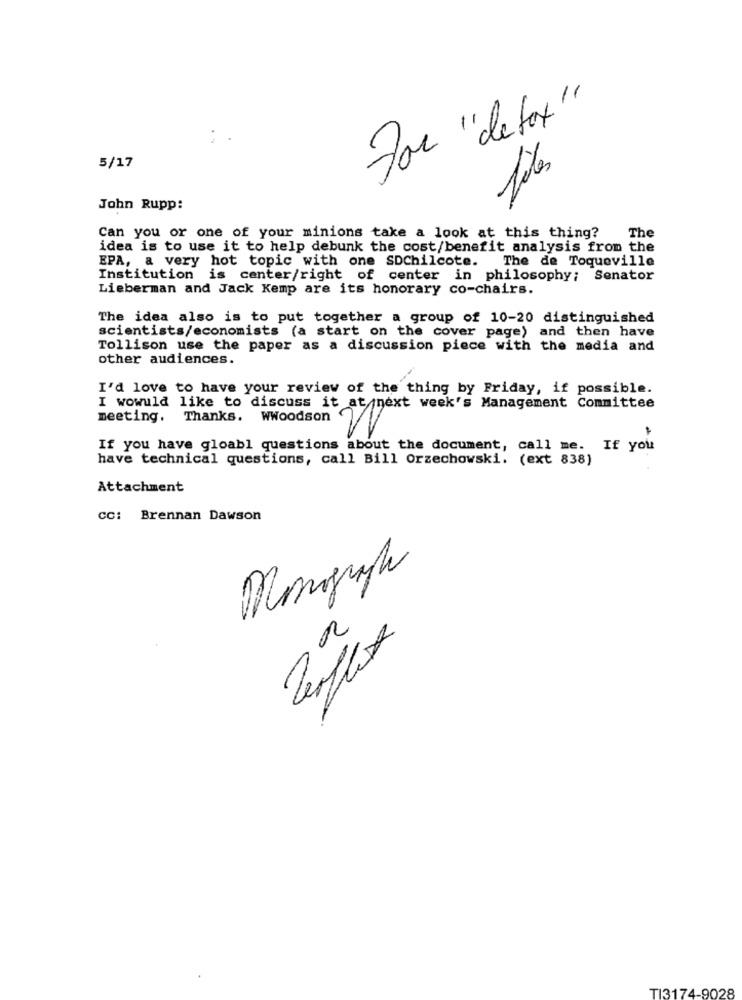
For "detox"
5/17
files
John Rupp:
Can you or one of your minions take a look at this thing?
The
idea is to use it to help debunk the cost/benefit analysis from the
EPA, a very hot topic with one SDChilcote.
The de Toqueville
Institution is center/right of center in philosophy; Senator
Lieberman and Jack Kemp are its honorary co-chairs.
The idea also is to put together a group of 10-20 distinguished
scientists/economists (a start on the cover page) and then have
Tollison use the paper as a discussion piece with the media and
other audiences.
I'd love to have your review of the thing by Friday, if possible.
I wowuld like to discuss it at next week's Management Committee
meeting, Thanks. WWoodson
If you have gloabl questions about the document, call me. If you
have technical questions, call Bill Orzechowski. (ext 838)
Attachment
cc: Brennan Dawson
Monograph
Perflet
TI3174-9028